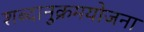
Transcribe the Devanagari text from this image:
शब्दानुक्रमयोजना